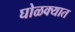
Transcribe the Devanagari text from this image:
घोळक्यात